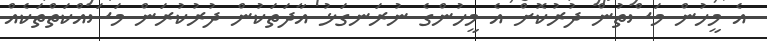
އެ މީހުން މަސްތުން ދުރުކޮށް އެ މީހުންގެ ނުރަނގަޅު އާދަތަކުން ދުރުކުރަން މަސައްކަތްތަކެއް